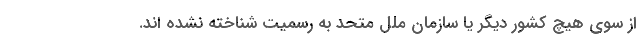
از سوی هیچ کشور دیگر یا سازمان ملل متحد به رسمیت شناخته نشده اند.